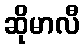
ဆိုမာလီ